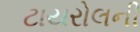
ટાયરોલની